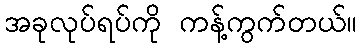
အခုလုပ်ရပ်ကို ကန့်ကွက်တယ်။